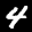
Label: 4